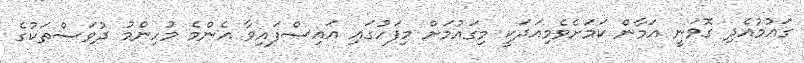
ގައުމުއެދި ގޮވަނީ އަމާން ކަމަށެވެމިއަދަކީ މިގައުމަށް މިފަހުގައި އައިސްފައިވާ އެންމެ މުހިންމު ދުވަސްތަކުގެ